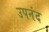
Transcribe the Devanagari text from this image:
उपनंद